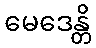
မေဒေန္တိ